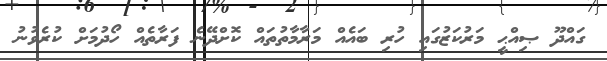
ގައްދޫ ޞިއްޙީ މަރުކަޒުގައި ހުރި ބައެއް މަރާމާތުތައް ކޮށްދޭނެ ފަރާތެއް ހޯދުމަށް ކުރެވުނު